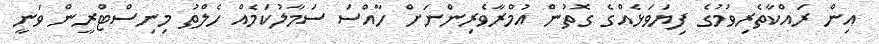
އިން ރައްކާތެރިވުމުގެ ފިޔަވަޅެއްގެ ގޮތުން އުމްރާވެރިންނަށް ހާއްސަ ސަމާލުކަމެއް ހެލްތު މިނިސްޓްރީން ވަނީ